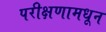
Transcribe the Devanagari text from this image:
परीक्षणामधून